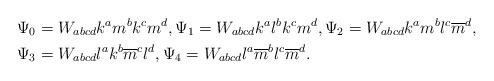
LaTeX: \begin{align*}\begin{aligned}&\Psi_0=W_{abcd}k^am^bk^cm^d,\Psi_1=W_{abcd}k^al^bk^cm^d,\Psi_2=W_{abcd}k^am^bl^c\overline{m}^d,\\&\Psi_3=W_{abcd}l^ak^b\overline{m}^c l^d,\Psi_4=W_{abcd}l^a\overline{m}^bl^c\overline{m}^d.\end{aligned}\end{align*}